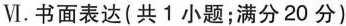
Ⅵ.书面表达(共1小题；满分20分)